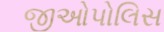
જીઓપોલિસ